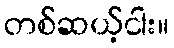
တစ်ဆယ့်ငါး။